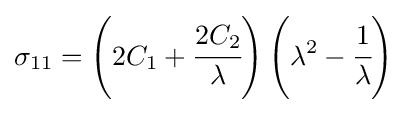
\sigma _{11}=\left(2C_{1}+{\cfrac {2C_{2}}{\lambda }}\right)\left(\lambda ^{2}-{\cfrac {1}{\lambda }}\right)